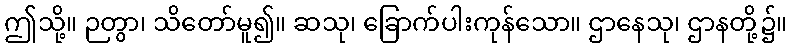
ဤသို့။ ဉတွာ၊ သိတော်မူ၍။ ဆသု၊ ခြောက်ပါးကုန်သော။ ဌာနေသု၊ ဌာနတို့၌။